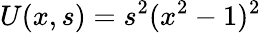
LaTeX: U(x,s)=s^{2}(x^{2}-1)^{2}